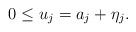
LaTeX: \begin{align*}0\le u_j = a_j+\eta_j.\end{align*}